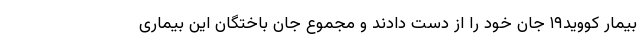
بیمار کووید۱۹ جان خود را از دست دادند و مجموع جان باختگان این بیماری